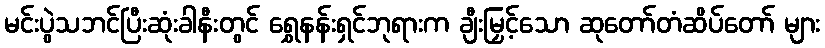
မင်းပွဲသဘင်ပြီးဆုံးခါနီးတွင် ရွှေနန်းရှင်ဘုရားက ချီးမြှင့်သော ဆုတော်တံဆိပ်တော် များ